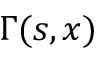
\Gamma ( s , x )